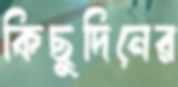
কিছুদিনের